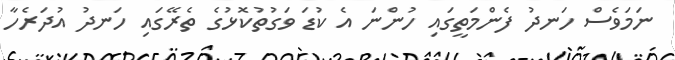
ނަމަވެސް ހަނދު ފެންމަތީގައި ހުންނަ އެ ކުޑަ ވަގުތުކޮޅުގެ ތެރޭގައި ހަނދު އުދަރެހާ